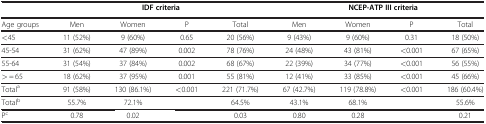
<table><thead><tr><td><b> </b></td><td colspan="4"><b>IDF criteria</b></td><td colspan="4"><b>NCEP-ATP III criteria</b></td></tr></thead><tbody><tr><td>Age groups</td><td>Men</td><td>Women</td><td>P</td><td>Total</td><td>Men</td><td>Women</td><td>P</td><td>Total</td></tr><tr><td>&lt;45</td><td>11 (52%)</td><td>9 (60%)</td><td>0.65</td><td>20 (56%)</td><td>9 (43%)</td><td>9 (60%)</td><td>0.31</td><td>18 (50%)</td></tr><tr><td>45-54</td><td>31 (62%)</td><td>47 (89%)</td><td>0.002</td><td>78 (76%)</td><td>24 (48%)</td><td>43 (81%)</td><td>&lt;0.001</td><td>67 (65%)</td></tr><tr><td>55-64</td><td>31 (54%)</td><td>37 (84%)</td><td>0.002</td><td>68 (67%)</td><td>22 (39%)</td><td>34 (77%)</td><td>&lt;0.001</td><td>56 (55%)</td></tr><tr><td>&gt; = 65</td><td>18 (62%)</td><td>37 (95%)</td><td>0.001</td><td>55 (81%)</td><td>12 (41%)</td><td>33 (85%)</td><td>&lt;0.001</td><td>45 (66%)</td></tr><tr><td>Total<sup>a</sup></td><td>91 (58%)</td><td>130 (86.1%)</td><td>&lt;0.001</td><td>221 (71.7%)</td><td>67 (42.7%)</td><td>119 (78.8%)</td><td>&lt;0.001</td><td>186 (60.4%)</td></tr><tr><td>Total<sup>b</sup></td><td>55.7%</td><td>72.1%</td><td> </td><td>64.5%</td><td>43.1%</td><td>68.1%</td><td> </td><td>55.6%</td></tr><tr><td>P<sup>c</sup></td><td>0.78</td><td>0.02</td><td> </td><td>0.03</td><td>0.80</td><td>0.28</td><td> </td><td>0.21</td></tr></tbody></table>